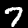
Label: 7